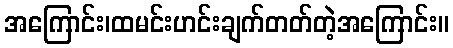
အကြောင်း၊ထမင်းဟင်းချက်တတ်တဲ့အကြောင်း။